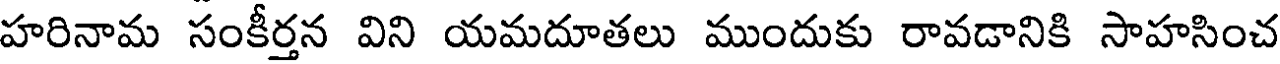
హరినామ సంకీర్తన విని యమదూతలు ముందుకు రావడానికి సాహసించ